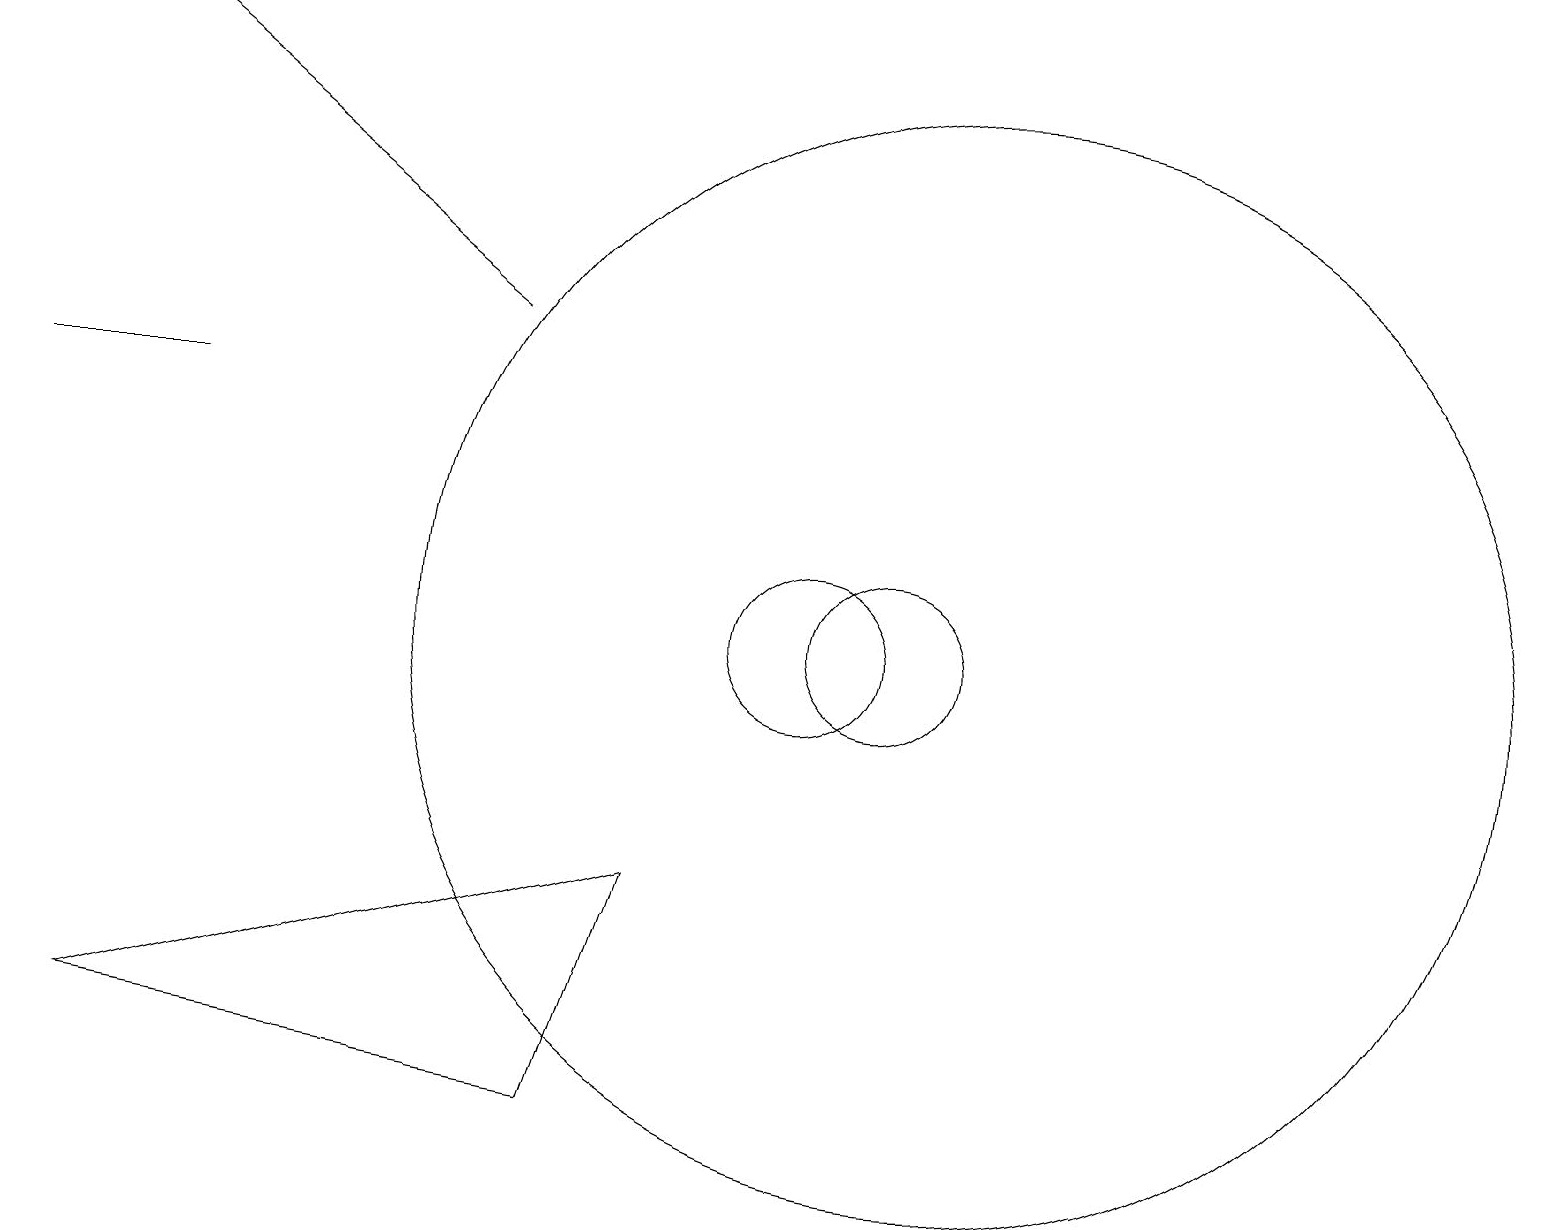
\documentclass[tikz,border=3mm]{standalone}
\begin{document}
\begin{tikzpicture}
\draw (1,5) -- (7,4) -- (8,7) -- cycle;
\draw[->] (6,14) -- (1,18);
\draw (2,13) rectangle (0,13);
\draw (11,10) circle (1);
\draw (10,10) circle (1);
\draw (12,10) circle (7);
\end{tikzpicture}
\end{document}